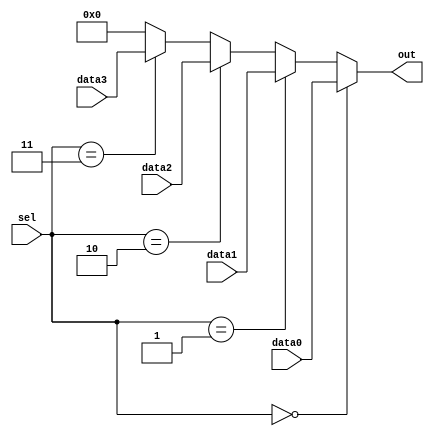
module vector_continuous_assignment (
    input wire [3:0] sel,          // 4-bit selection input
    input wire [7:0] data0,        // 8-bit data input 0
    input wire [7:0] data1,        // 8-bit data input 1
    input wire [7:0] data2,        // 8-bit data input 2
    input wire [7:0] data3,        // 8-bit data input 3
    output wire [7:0] out          // 8-bit output vector
);

// Continuous assignment for the output vector based on the selection input
assign out = (sel == 4'b0000) ? data0 :
             (sel == 4'b0001) ? data1 :
             (sel == 4'b0010) ? data2 :
             (sel == 4'b0011) ? data3 :
             8'b00000000; // Default case if no match

endmodule